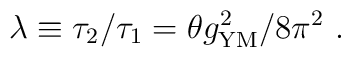
\lambda\equiv\tau_2/\tau_1=\theta g_{\rm YM}^2/8\pi^2~.